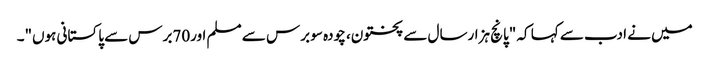
میں نے ادب سے کہا کہ "پانچ ہزارسال سے پختون، چودہ سو برس سے مسلم اور70برس سے پاکستانی ہوں"۔